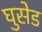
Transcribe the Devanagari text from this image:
घुसेड